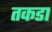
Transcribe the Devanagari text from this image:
तकडा